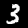
Label: 3